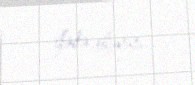
ifadə olunur.